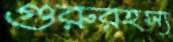
গুরুরহস্য